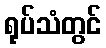
ရုပ်သံတွင်